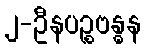
၂-ဦနပဉ္စဗန္ဓန